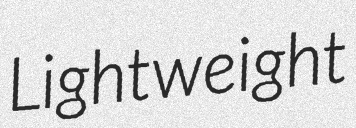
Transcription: Lightweight